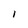
Character: l